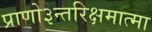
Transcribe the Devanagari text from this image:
प्राणो३न्तरिक्षमात्मा